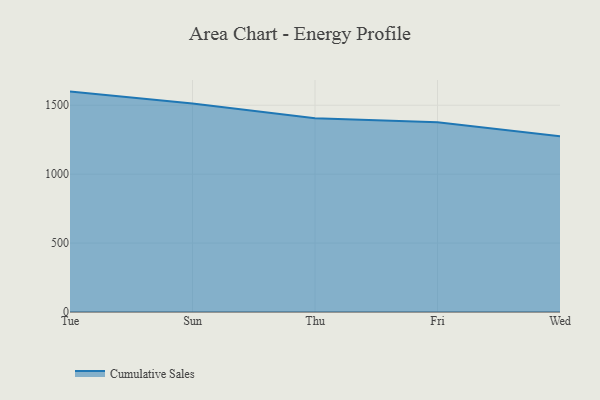
{"axis": {"x": "Day", "y": "Revenue (USD Million)"}, "legend": ["Cumulative Sales"], "data": [{"x": "Tue", "y": 1598.8, "type": "Cumulative Sales"}, {"x": "Sun", "y": 1512.9, "type": "Cumulative Sales"}, {"x": "Thu", "y": 1406.3, "type": "Cumulative Sales"}, {"x": "Fri", "y": 1376.0, "type": "Cumulative Sales"}, {"x": "Wed", "y": 1274.9, "type": "Cumulative Sales"}]}